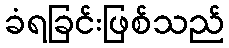
ခံရခြင်းဖြစ်သည်